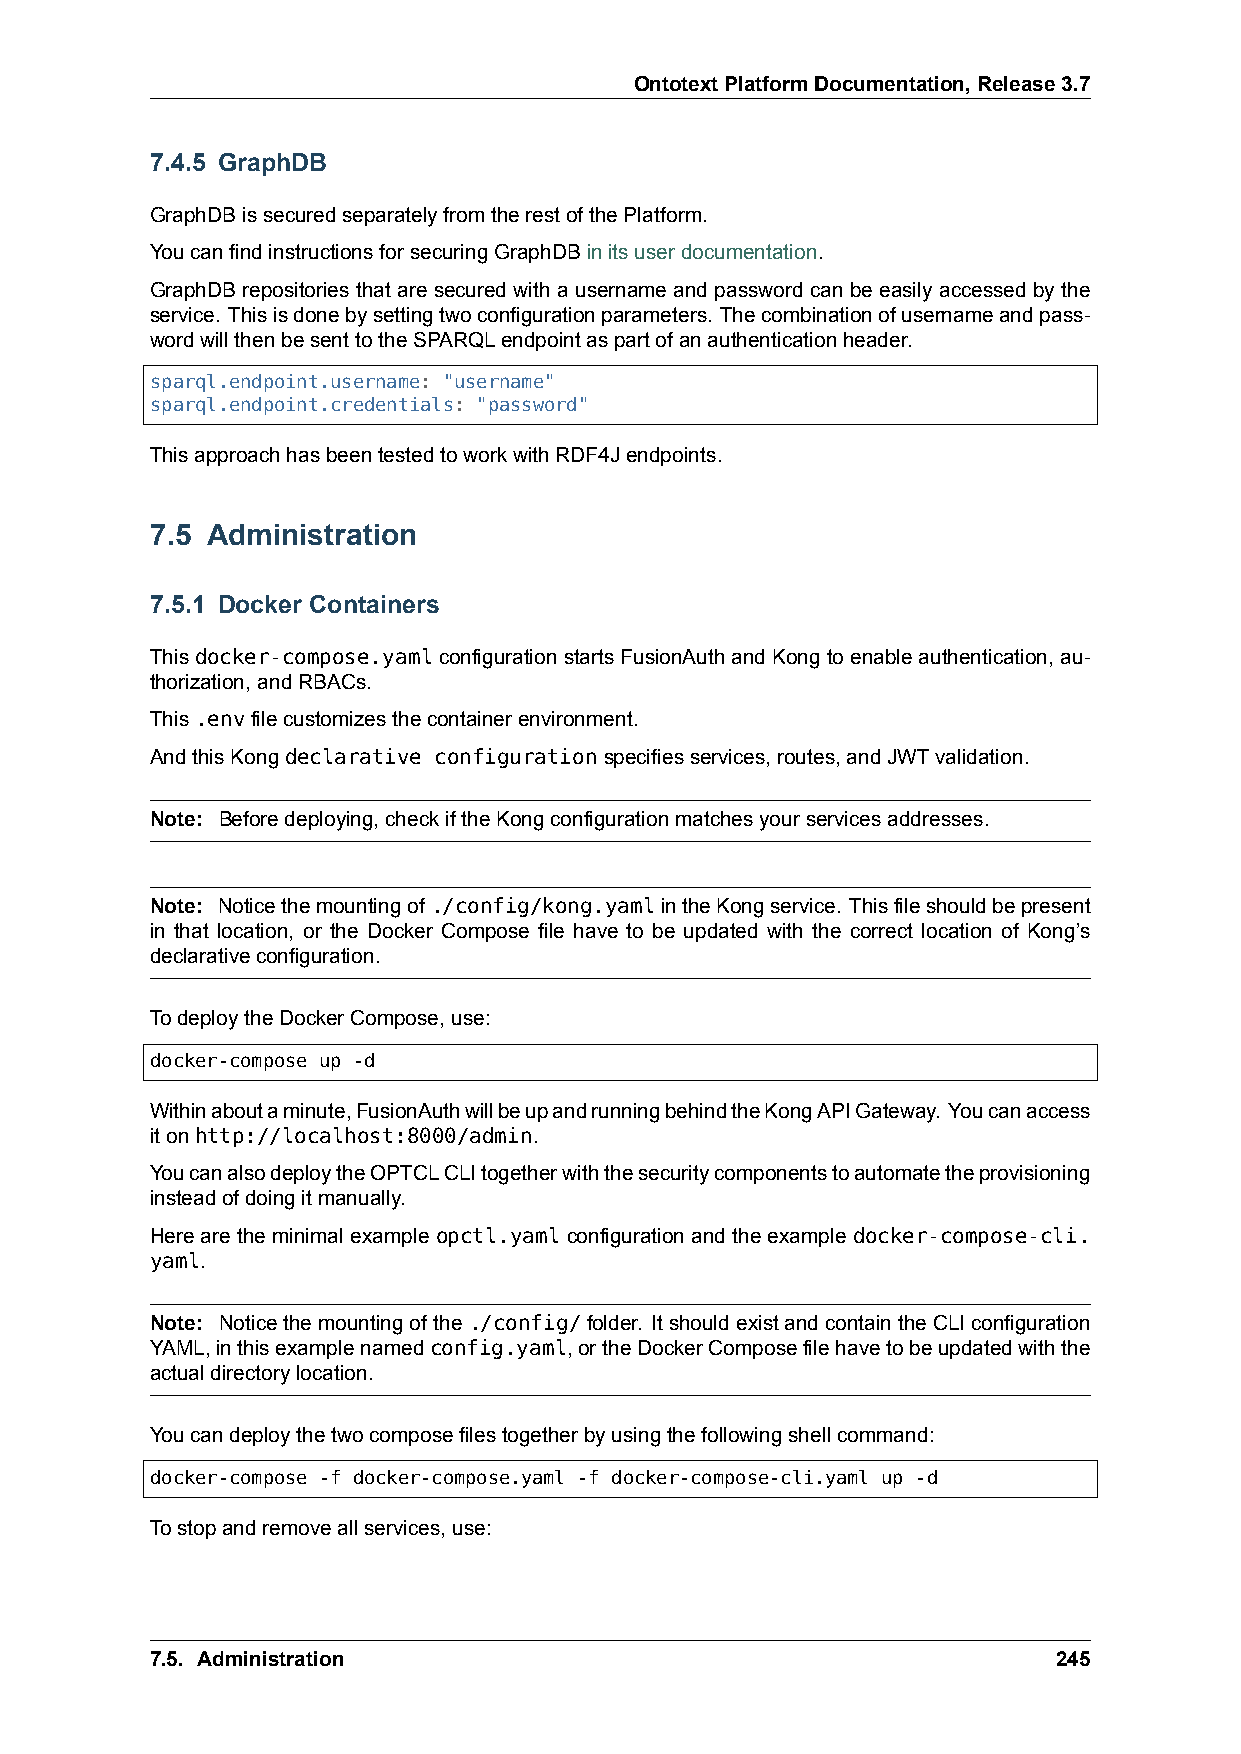
OntotextPlatformDocumentation,Release3.7
 7.4.5 GraphDB
 GraphDBissecuredseparatelyfromtherestofthePlatform.
 YoucanfindinstructionsforsecuringGraphDBinitsuserdocumentation.
 GraphDB repositories that are secured with a username and password can be easily accessed by the
 service. Thisisdonebysettingtwoconfigurationparameters. Thecombinationofusernameandpass-
 wordwillthenbesenttotheSPARQLendpointaspartofanauthenticationheader.
 sparql.endpoint.username: "username"
 sparql.endpoint.credentials: "password"
 ThisapproachhasbeentestedtoworkwithRDF4Jendpoints.
 7.5 Administration
 7.5.1 Docker Containers
 Thisdocker-compose.yamlconfigurationstartsFusionAuthandKongtoenableauthentication,au-
 thorization,andRBACs.
 This.envfilecustomizesthecontainerenvironment.
 AndthisKongdeclarative configurationspecifiesservices,routes,andJWTvalidation.
 Note: Beforedeploying,checkiftheKongconfigurationmatchesyourservicesaddresses.
 Note: Noticethemountingof./config/kong.yamlintheKongservice. Thisfileshouldbepresent
 in that location, or the Docker Compose file have to be updated with the correct location of Kong’s
 declarativeconfiguration.
 TodeploytheDockerCompose,use:
 docker-compose up -d
 Withinaboutaminute,FusionAuthwillbeupandrunningbehindtheKongAPIGateway. Youcanaccess
 itonhttp://localhost:8000/admin.
 YoucanalsodeploytheOPTCLCLItogetherwiththesecuritycomponentstoautomatetheprovisioning
 insteadofdoingitmanually.
 Here are the minimal example opctl.yaml configuration and the example docker-compose-cli.
 yaml.
 Note: Noticethemountingofthe./config/folder. ItshouldexistandcontaintheCLIconfiguration
 YAML,inthisexamplenamedconfig.yaml,ortheDockerComposefilehavetobeupdatedwiththe
 actualdirectorylocation.
 Youcandeploythetwocomposefilestogetherbyusingthefollowingshellcommand:
 docker-compose -f docker-compose.yaml -f docker-compose-cli.yaml up -d
 Tostopandremoveallservices,use:
 7.5. Administration                                         245